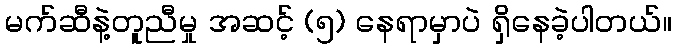
မက်ဆီနဲ့တူညီမှု အဆင့် (၅) နေရာမှာပဲ ရှိနေခဲ့ပါတယ်။